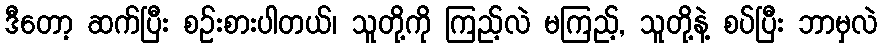
ဒီတော့ ဆက်ပြီး စဉ်းစားပါတယ်၊ သူတို့ကို ကြည့်လဲ မကြည့်, သူတို့နဲ့ စပ်ပြီး ဘာမှလဲ